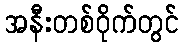
အနီးတစ်ဝိုက်တွင်